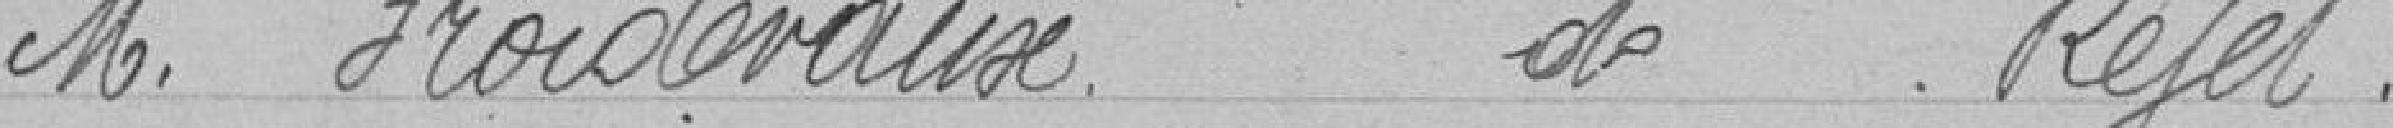
Monsieur FROIDERAUX    De Rejet